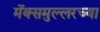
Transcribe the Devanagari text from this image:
मॅक्समुल्लरच्या